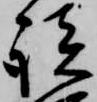
談